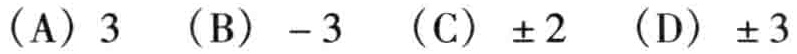
(A) \(3\)  (B) \(-3\)  (C) \(\pm 2\)  (D) \(\pm 3\)